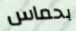
بحماس